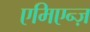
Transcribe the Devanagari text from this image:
एमिएन्ज़